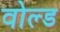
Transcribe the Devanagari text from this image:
वोल्ड